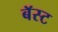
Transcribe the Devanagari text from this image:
बॅस्ट